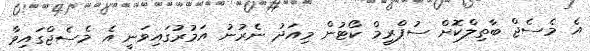
އެ މެސެޖް ބާތިލްކޮށް ސުޕްރީމް ކޯޓުން މިއަދު ނެރުނު އަމުރުގައިވަނީ އެ މެސެޖްގައިވާ